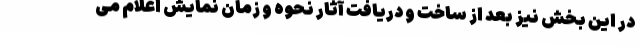
در این بخش نیز بعد از ساخت و دریافت آثار نحوه و زمان نمایش اعلام می